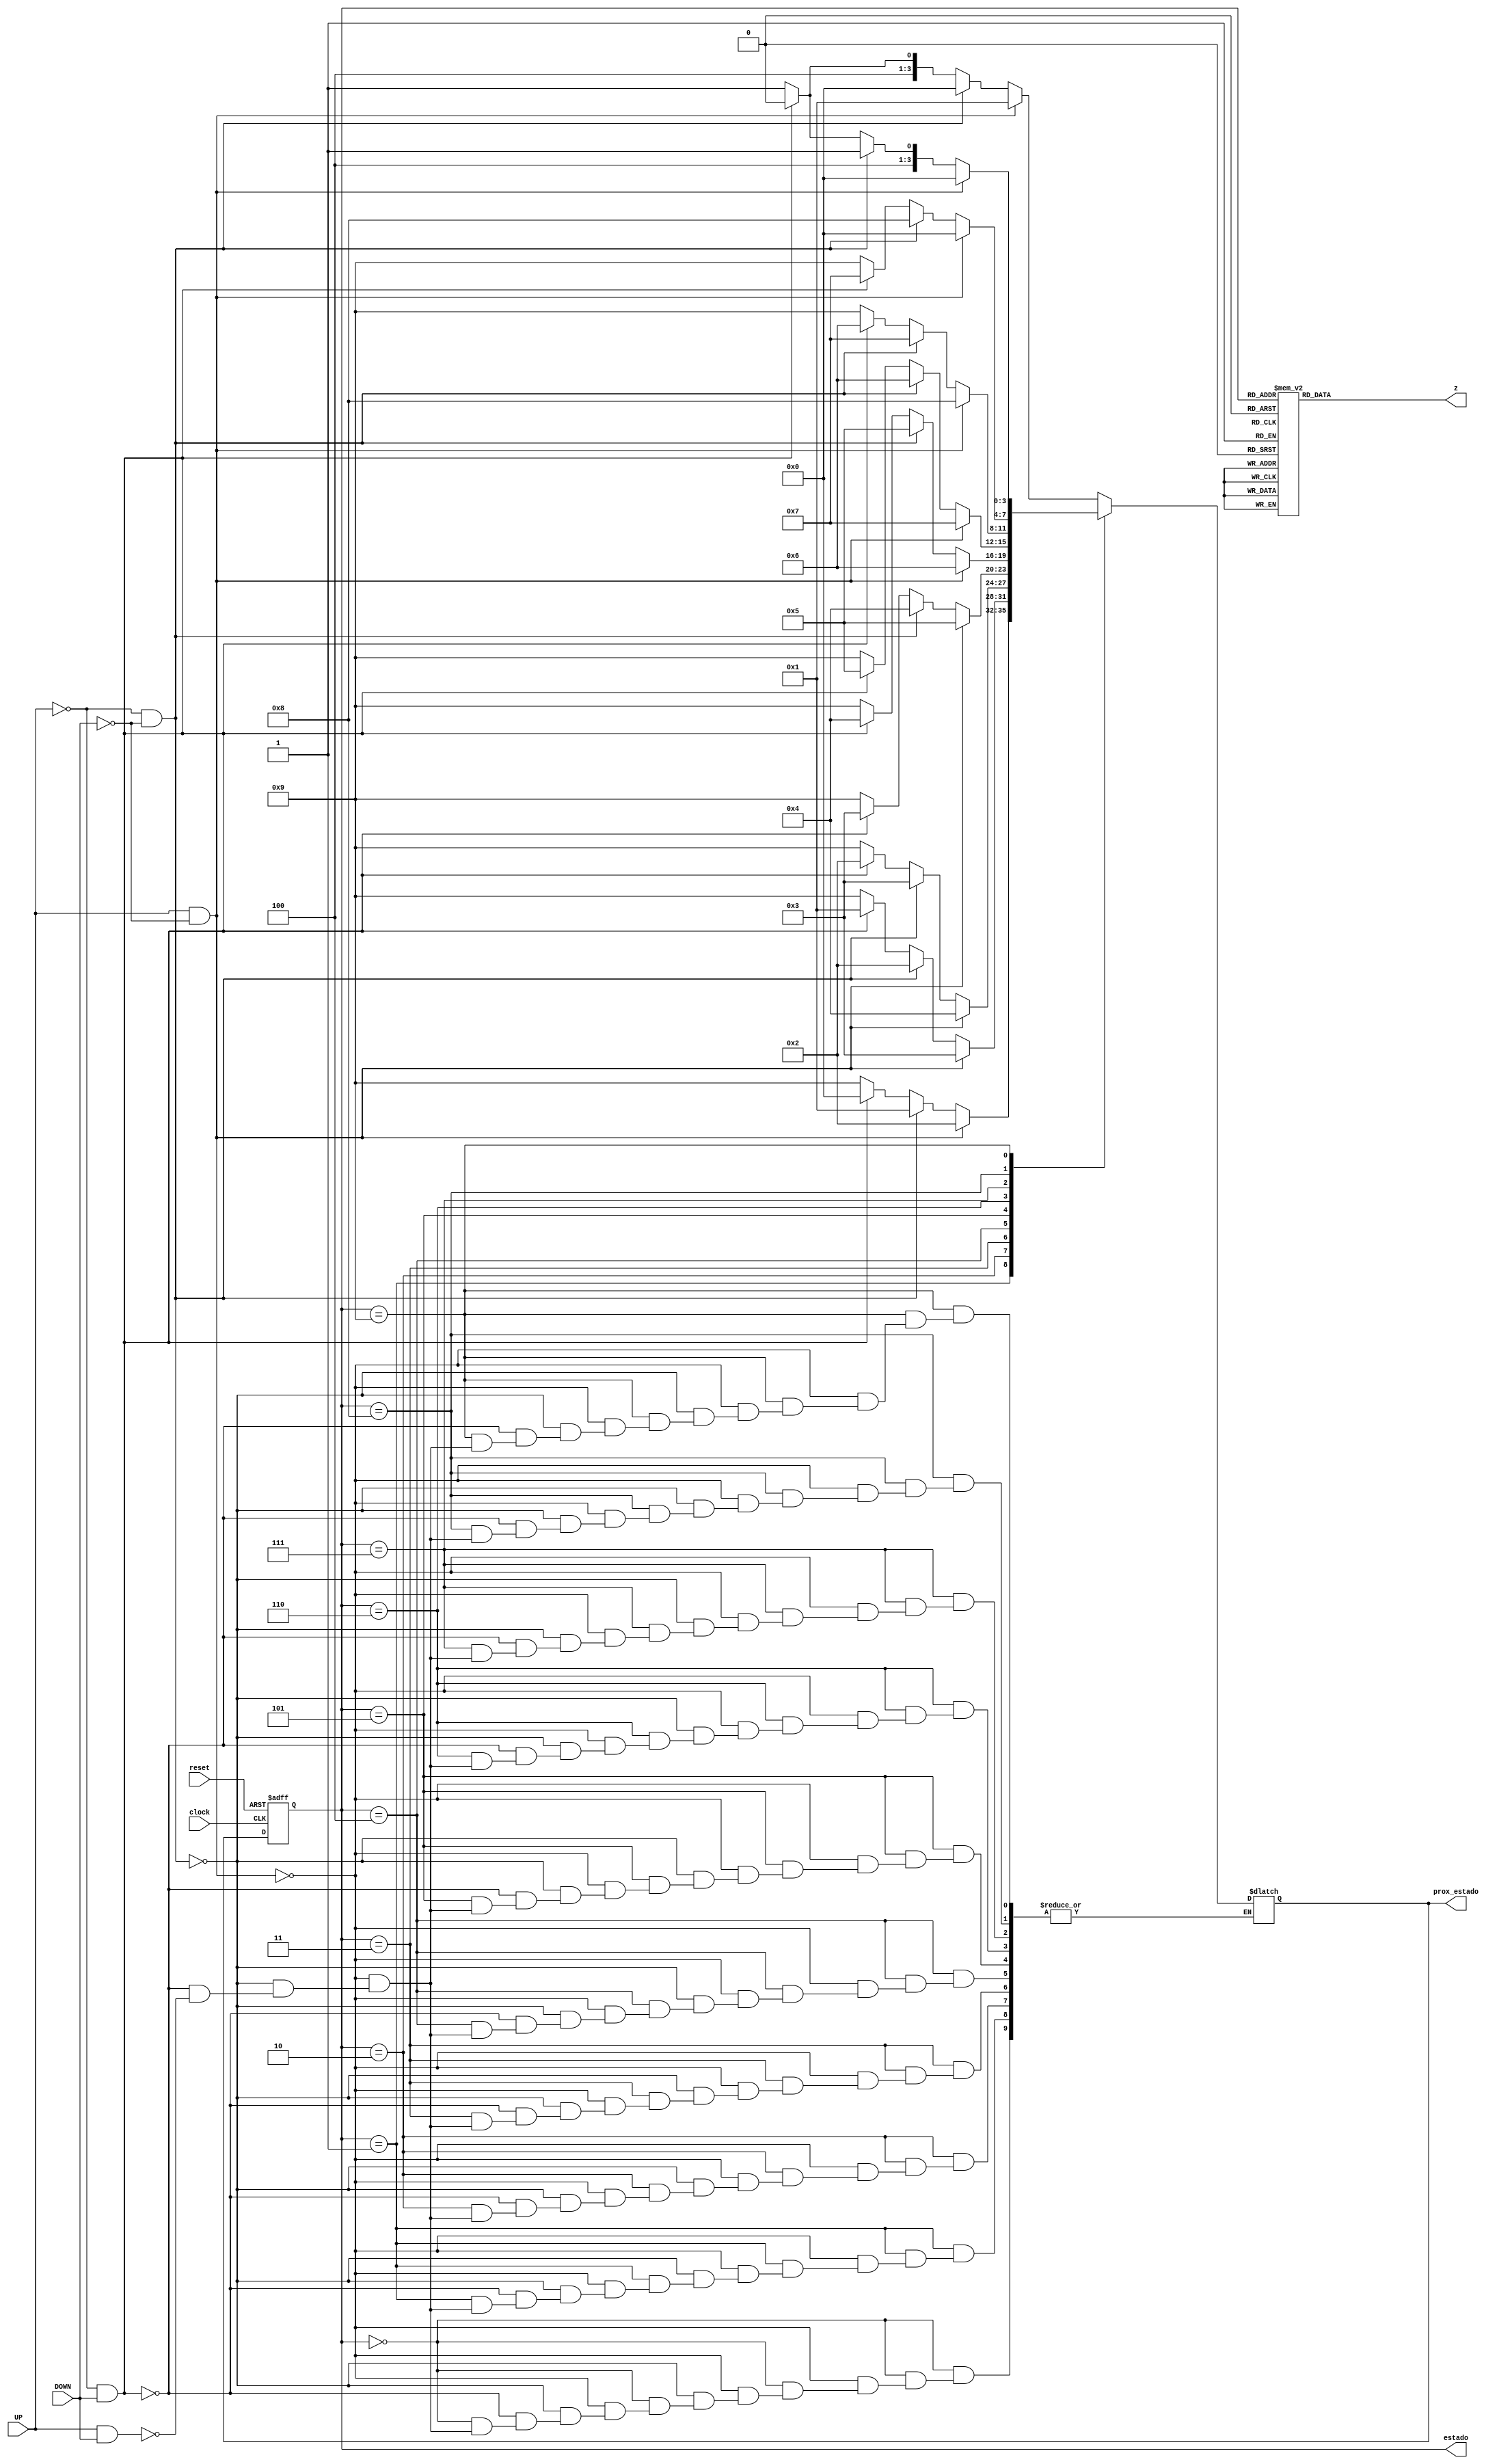
module MaquinaMealy(clock, reset, UP, DOWN, z, estado, prox_estado);
	input clock, reset, UP, DOWN;
	output reg [3:0] z;
	output reg [3:0] estado, prox_estado;	
	
	parameter 
		A = 4'b0000,
      B = 4'b0001,
		C = 4'b0010,
		D = 4'b0011,
		E = 4'b0100,
		F = 4'b0101,
		G = 4'b0110,
		H = 4'b0111,
		I = 4'b1000,
		Blank = 4'b1001;

	always@(estado or UP or DOWN)	
		begin	
			case(estado) 
				A: if(UP  ==  1 && DOWN == 0)
					prox_estado = B;
					else if(UP == 0 && DOWN == 0)
					prox_estado = A;
					else if(UP == 0 && DOWN == 1)
					prox_estado = I;
					else if(UP == 1 && DOWN == 1)
					prox_estado = Blank;
				B: if(UP == 1 && DOWN == 0)
					prox_estado = C;
					else if(UP == 0 && DOWN == 0)
					prox_estado = B;
					else if(UP == 0 && DOWN == 1)
					prox_estado = A;
					else if(UP == 1 && DOWN == 1)
					prox_estado = Blank;
				C: if(UP == 1 && DOWN == 0)
					prox_estado = D;
					else if(UP == 0 && DOWN == 0)
					prox_estado = C;
					else if(UP == 0 && DOWN == 1)
					prox_estado = B;
					else if(UP == 1 && DOWN == 1)
					prox_estado = Blank;
				D: if(UP == 1 && DOWN == 0)
					prox_estado = E;
					else if(UP == 0 && DOWN == 0)
					prox_estado = D;
					else if(UP == 0 && DOWN == 1)
					prox_estado = C;
					else if(UP == 1 && DOWN == 1)
					prox_estado = Blank;
				E: if(UP == 1 && DOWN == 0)
					prox_estado = F;
					else if(UP == 0 && DOWN == 0)
					prox_estado = E;
					else if(UP == 0 && DOWN == 1)
					prox_estado = D;
					else if(UP == 1 && DOWN == 1)
					prox_estado = Blank;
				F: if(UP == 1 && DOWN == 0)
					prox_estado = G;
					else if(UP == 0 && DOWN == 0)
					prox_estado = F;
					else if(UP == 0 && DOWN == 1)
					prox_estado = E;
					else if(UP == 1 && DOWN == 1)
					prox_estado = Blank;
				G: if(UP == 1 && DOWN == 0)
					prox_estado = H;
					else if(UP == 0 && DOWN == 0)
					prox_estado = G;
					else if(UP == 0 && DOWN == 1)
					prox_estado = F;
					else if(UP == 1 && DOWN == 1)
					prox_estado = Blank;
				H: if(UP == 1 && DOWN == 0)
					prox_estado = I;
					else if(UP == 0 && DOWN == 0)
					prox_estado = H;
					else if(UP == 0 && DOWN == 1)
					prox_estado = G;
					else if(UP == 1 && DOWN == 1)
					prox_estado = Blank;	
				I: if(UP == 1 && DOWN == 0)
					prox_estado= A;
					else if(UP == 0 && DOWN == 0)
					prox_estado = I;
					else if(UP == 0 && DOWN == 1)
					prox_estado = H;
					else if(UP == 1 && DOWN == 1)
					prox_estado = Blank;		
				Blank: if(UP == 1 && DOWN == 0)
					prox_estado = A;
					else if(UP == 0 && DOWN == 0)
					prox_estado = Blank;
					else if(UP == 0 && DOWN == 1)
					prox_estado = I;
					else if(UP == 1 && DOWN == 1)
					prox_estado = Blank;	
				default prox_estado = 4'bxxxx;	  
			endcase
		end
		
	always@(estado or UP or DOWN)
		begin
			z = 4'b0000;
			case(estado)
	         A: z = 4'd6;
				B: z = 4'd9;
				C: z = 4'd0;
				D: z = 4'd2;
				E: z = 4'd4;
				F: z = 4'd6;
				G: z = 4'd5;
				H: z = 4'd3;
				I: z = 4'd8;
				Blank: z = 4'd15;
				default z = 4'bxxxx;
			endcase
		end
		
	always@(posedge clock or posedge reset)
		begin 
			if(reset)
				estado <= A;
			else 
				estado <= prox_estado;
		end

endmodule